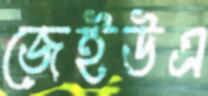
জেইউএ